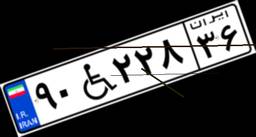
۹۰W۲۲۸۳۶